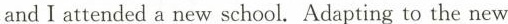
andI attended a new school. Adapting to the new